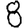
Digit: 8